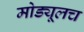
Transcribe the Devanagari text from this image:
मोड्यूलच